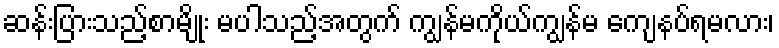
ဆန်းပြားသည့်စာမျိုး မပါသည့်အတွက် ကျွန်မကိုယ်ကျွန်မ ကျေနပ်ရမလား၊